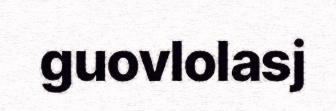
guovlolasj